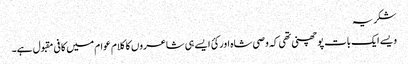
شکریہ
ویسے ایک بات پو چھنی تھی کہ وصی شاہ اور کئ ایسے ہی شاعروں کا کلام عوام میں کافی مقبول ہے۔